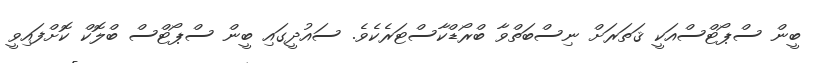
ބީން ސްޕޯޓްސްއަކީ ޤަތަރަށް ނިސްބަތްވާ ބްރޯޑްކާސްޓަރެކެވެ. ސައުދީގައި ބީން ސްޕޯޓްސް ބްލޮކް ކޮށްފައިވީ